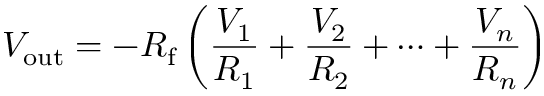
V _ { \mathrm { o u t } } = - R _ { \mathrm { f } } \left( { \frac { V _ { 1 } } { R _ { 1 } } } + { \frac { V _ { 2 } } { R _ { 2 } } } + \cdots + { \frac { V _ { n } } { R _ { n } } } \right)